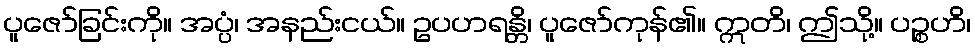
ပူဇော်ခြင်းကို။ အပ္ပံ၊ အနည်းငယ်။ ဥပဟရန္တိ၊ ပူဇော်ကုန်၏။ ဣတိ၊ ဤသို့။ ပဉ္စဟိ၊